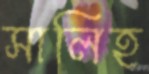
সালিহ